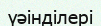
үәінділері